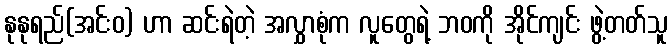
နုနုရည်(အင်းဝ) ဟာ ဆင်းရဲတဲ့ အလွှာစုံက လူတွေရဲ့ ဘဝကို အိုင်ကျင်း ဖွဲ့တတ်သူ